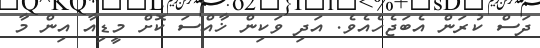
ދަސް ކުރަން އެބަޖެހެއެވެ. އަދި ވަކިން ޚާއްސަ ކޮށް މީޑިއާ އިން މާ